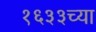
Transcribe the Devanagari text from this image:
१६३३च्या